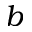
b